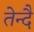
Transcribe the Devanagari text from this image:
तेन्दै